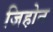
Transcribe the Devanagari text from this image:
जिहोन